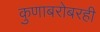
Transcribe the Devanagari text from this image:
कुणाबरोबरही